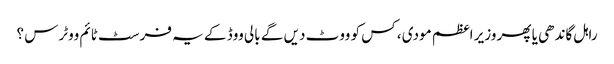
راہل گاندھی یا پھر وزیر اعظم مودی ، کس کو ووٹ دیں گے بالی ووڈ کے یہ فرسٹ ٹائم ووٹرس ؟